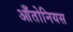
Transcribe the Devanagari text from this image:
आँतोनियस